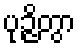
ပုဉ္ဇိတွာ